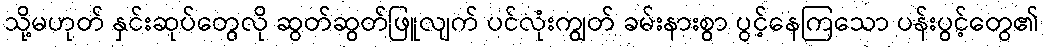
သို့မဟုတ် နှင်းဆုပ်တွေလို ဆွတ်ဆွတ်ဖြူလျက် ပင်လုံးကျွတ် ခမ်းနားစွာ ပွင့်နေကြသော ပန်းပွင့်တွေ၏